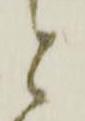
と